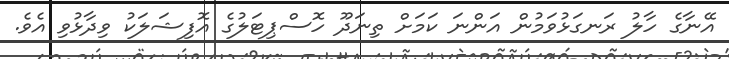
އޭނާގެ ހާލު ރަނގަޅުވަމުން އަންނަ ކަމަށް ތިނަދޫ ހޮސްޕިޓަލުގެ އޮފިޝަލަކު ވިދާޅުވި އެވެ.